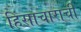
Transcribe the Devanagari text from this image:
हिंसाचाराची